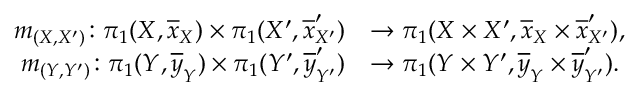
\begin{array} { r l } { m _ { ( X , X ^ { \prime } ) } \colon \pi _ { 1 } ( X , \overline { { x } } _ { X } ) \times \pi _ { 1 } ( X ^ { \prime } , \overline { { x } } _ { X ^ { \prime } } ^ { \prime } ) } & { \to \pi _ { 1 } ( X \times X ^ { \prime } , \overline { { x } } _ { X } \times \overline { { x } } _ { X ^ { \prime } } ^ { \prime } ) , } \\ { m _ { ( Y , Y ^ { \prime } ) } \colon \pi _ { 1 } ( Y , \overline { { y } } _ { Y } ) \times \pi _ { 1 } ( Y ^ { \prime } , \overline { { y } } _ { Y ^ { \prime } } ^ { \prime } ) } & { \to \pi _ { 1 } ( Y \times Y ^ { \prime } , \overline { { y } } _ { Y } \times \overline { { y } } _ { Y ^ { \prime } } ^ { \prime } ) . } \end{array}